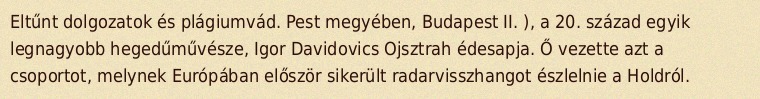
Eltűnt dolgozatok és plágiumvád. Pest megyében, Budapest II. ), a 20. század egyik legnagyobb hegedűművésze, Igor Davidovics Ojsztrah édesapja. Ő vezette azt a csoportot, melynek Európában először sikerült radarvisszhangot észlelnie a Holdról.